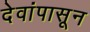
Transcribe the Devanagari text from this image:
देवांपासून